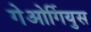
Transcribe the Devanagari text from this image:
गेओर्गियुस